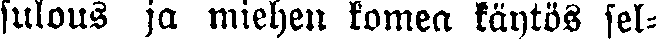
sulous jo miehen komea käytös sel-